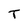
Character: T